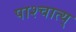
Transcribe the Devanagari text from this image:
पाश्चात्य्